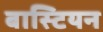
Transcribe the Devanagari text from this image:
बास्टियन